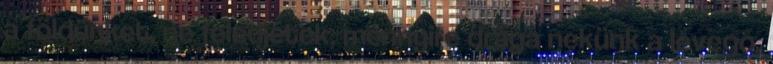
a földünket, ne feledjétek, mennyire drága nekünk a levegő,